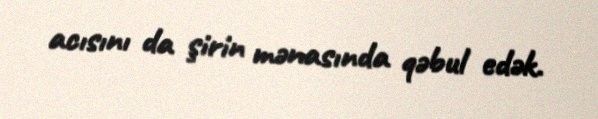
acısını da şirin mənasında qəbul edək.